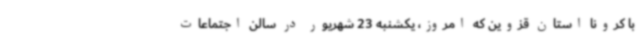
با کرونا استان قزوین که امروز، یکشنبه 23 شهریور در سالن اجتماعات